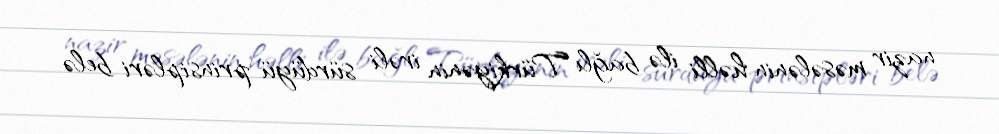
nazir məsələnin həlli ilə bağlı Türkiyənin irəli sürdüyü prinsipləri belə